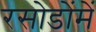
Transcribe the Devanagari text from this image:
रसोडोंमें